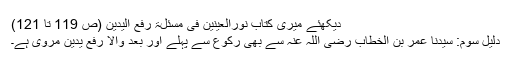
دیکھئے میری کتاب نورالعینین فی مسئلۃ رفع الیدین (ص 119 تا 121)
دلیل سوم: سیدنا عمر بن الخطاب رضی اللہ عنہ سے بھی رکوع سے پہلے اور بعد والا رفع یدین مروی ہے۔